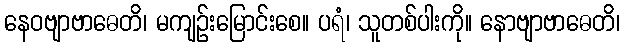
နေဝဗျာဗာဓေတိ၊ မကျဉ်းမြောင်းစေ။ ပရံ၊ သူတစ်ပါးကို။ နောဗျာဗာဓေတိ၊